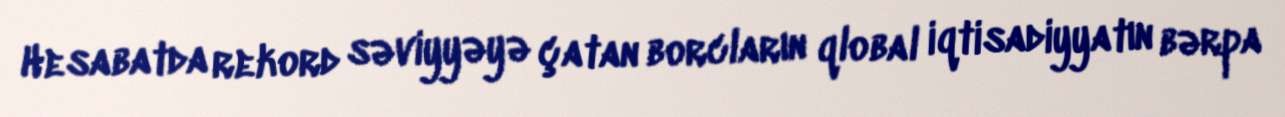
Hesabatda rekord səviyyəyə çatan borcların qlobal iqtisadiyyatın bərpa